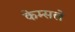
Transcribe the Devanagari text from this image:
केम्सले